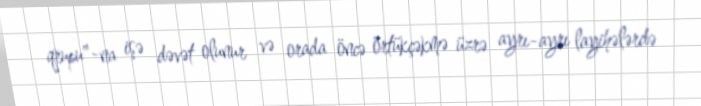
qrupu"-na işə dəvət olunur və orada öncə örtükçəkmə üzrə ayrı-ayrı layihələrdə